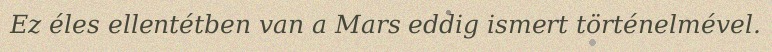
Ez éles ellentétben van a Mars eddig ismert történelmével.